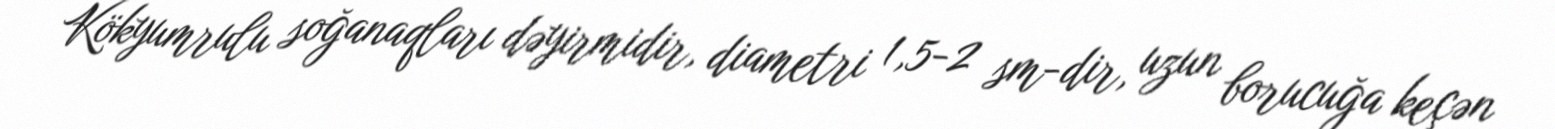
Kökyumrulu soğanaqları dəyirmidir, diametri 1,5-2 sm-dir, uzun borucuğa keçən